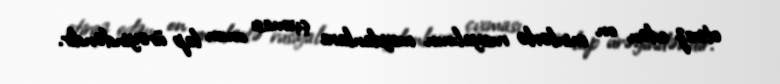
etiraz edən on minlərlə rusiyalının meydanlara çıxması onun lap ürəyindəndir.